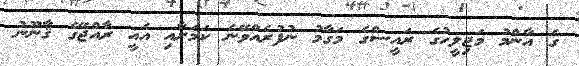
ގެ އާންމު މަޖިލީހުގެ ރައީސްގެ މަގާމު ނުފުރެއްވޭނެ ކަމަށާއި އެއީ ރާއްޖޭގެ ޤާނޫނު